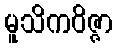
မူသိကဝိဇ္ဇာ